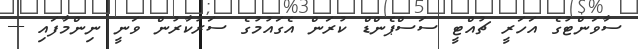
ސާވަންޓުގެ އަހަރީ ޗުއްޓީ ސަސްޕެންޑް ކުރަން އެގައުމުގެ ސަރުކާރުން ވަނީ ނިންމާފައި ---